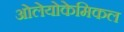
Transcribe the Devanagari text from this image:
ओलेयोकेमिकल